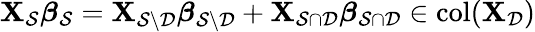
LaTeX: \mathbf{X}_{\mathcal{S}}{\boldsymbol\beta}_{\mathcal{S}}=\mathbf{X}_{\mathcal{S}\setminus\mathcal{D}}{\boldsymbol\beta}_{\mathcal{S}\setminus\mathcal{D}}+\mathbf{X}_{\mathcal{S}\cap\mathcal{D}}{\boldsymbol\beta}_{\mathcal{S}\cap\mathcal{D}}\in\mathrm{col}(\mathbf{X}_{\mathcal{D}})